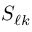
S _ { \ell k }